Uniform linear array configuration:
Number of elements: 4
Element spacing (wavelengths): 0.5
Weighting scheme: uniform
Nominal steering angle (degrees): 60
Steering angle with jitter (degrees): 61.73
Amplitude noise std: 0.05
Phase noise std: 0.05

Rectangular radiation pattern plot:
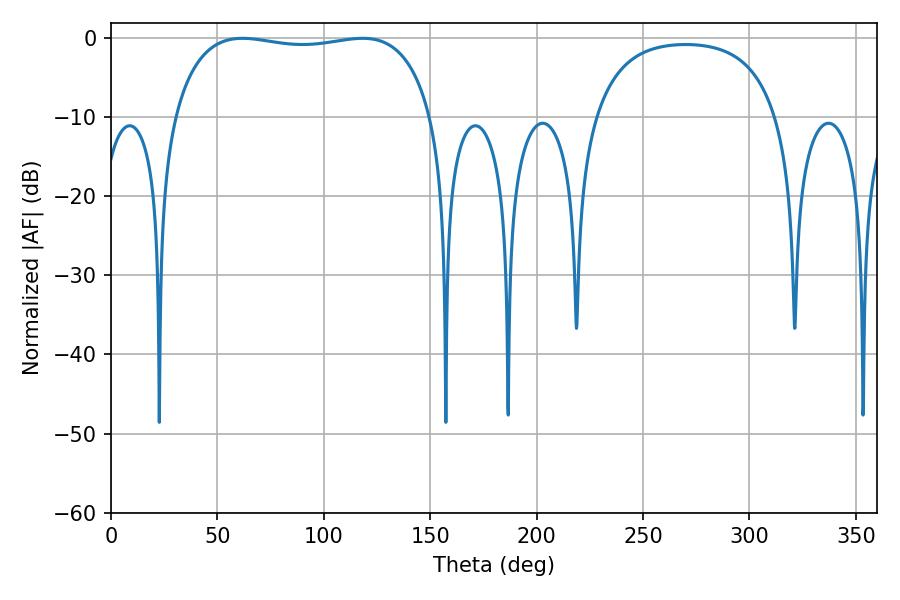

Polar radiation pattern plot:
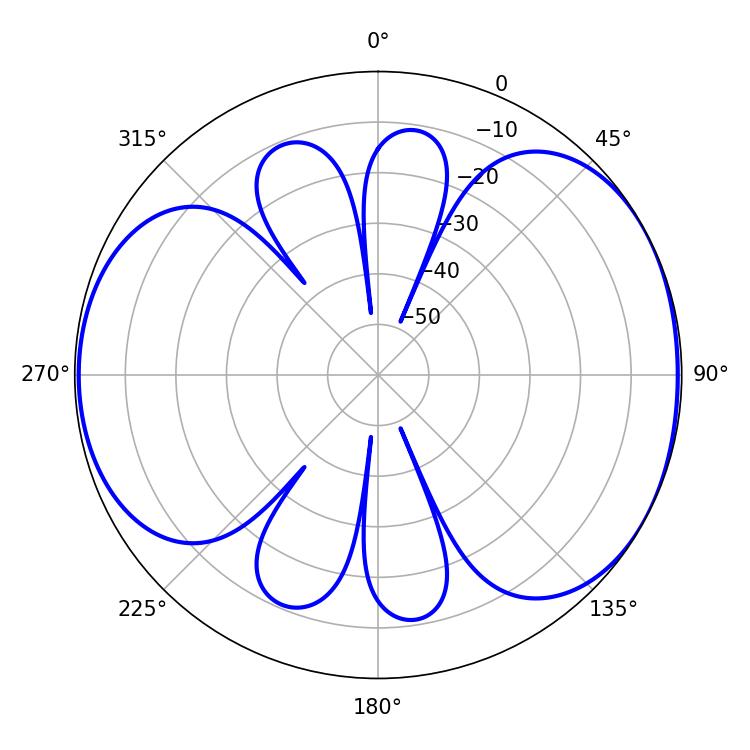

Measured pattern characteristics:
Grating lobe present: FALSE
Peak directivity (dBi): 5.248
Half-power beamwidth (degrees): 97.92
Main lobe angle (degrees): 61.74